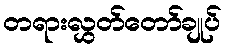
တရားလွှတ်တော်ချုပ်